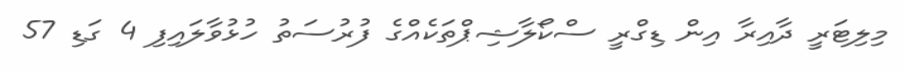
މިލިޓަރީ ދާއިރާ އިން ޑިގްރީ ސްކޯލާޝިޕްތަކެއްގެ ފުރުސަތު ހުޅުވާލައިފި 4 ގަޑި 57